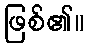
ဖြစ်၏။